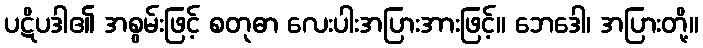
ပဋိပဒါ၏ အစွမ်းဖြင့် စတုဓာ လေးပါးအပြားအားဖြင့်။ ဘေဒေါ၊ အပြားတို့။